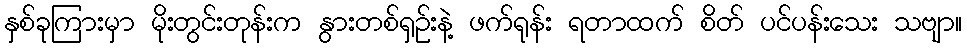
နှစ်ခုကြားမှာ မိုးတွင်းတုန်းက နွားတစ်ရှဉ်းနဲ့ ဖက်ရုန်း ရတာထက် စိတ် ပင်ပန်းသေး သဗျာ။